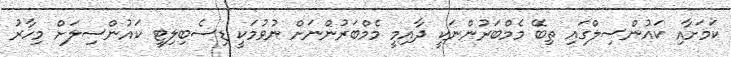
ކަމަށާއި ކައުންސިލްގައި ތިބޭ މެމްބަރުންނަކީ ދާއިމީ މެމްބަރުންނަށް ނުވުމަކީ ޑިސެބިލިޓީ ކައުންސިލަށް މިހާރު